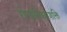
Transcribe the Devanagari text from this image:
रोगप्रतिकारशक्ति